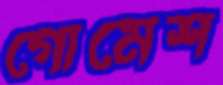
গোমেশ